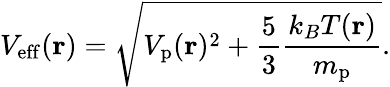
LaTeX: V_{\mathrm{eff}}(\mathbf{r})=\sqrt{V_{\mathrm{p}}(\mathbf{r})^{2}+\frac{5}{3}\frac{k_{B}T(\mathbf{r})}{m_{\mathrm{p}}}}.